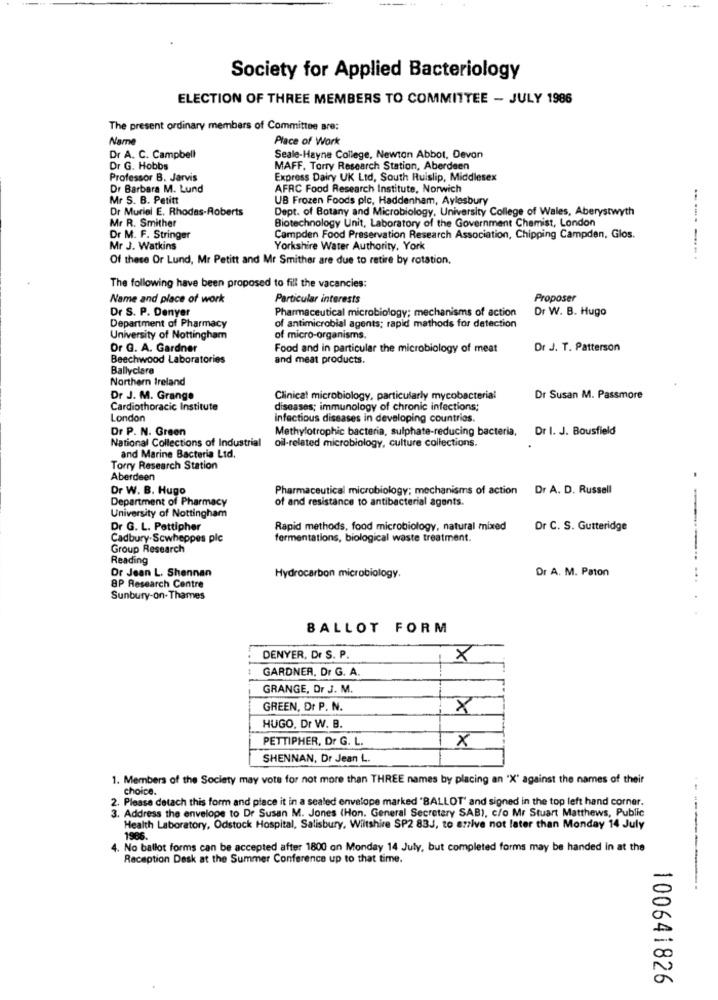
Society for Applied Bacteriology
ELECTION OF THREE MEMBERS TO COMMITTEE - JULY 1986
The present ordinary members of Committee Bre:
Name
Place of Work
Dr A. C. Campbell
Seale-Hayne College, Newton Abbot, Devon
Dr G. Hobbs
MAFF. Torry Research Station, Aberdeen
Professor B. Jarvis
Express Dairy UK Ltd, South Ruislip, Middlesex
Dr Barbara M. Lund
AFRC Food Research Institute, Norwich
Mr S. B. Petitt
UB Frozen Foods plc, Haddenham, Aylesbury
Dr Muriel E. Rhodes-Roberts
Dept. of Botany and Microbiology, University College of Wales, Aberystwyth
Mr R. Smither
Biotechnology Unit, Laboratory of the Government Chemist, London
Dr M. F. Stringer
Campden Food Preservation Research Association, Chipping Campden, Glos.
Mr J. Watkins
Yorkshire Water Authority, York
Of these Or Lund, Mr Petitt and Mr Smither are due to retire by rotation.
----- --.
The following have been proposed to fill the vacancies:
Name and place of work
Particular interests
Proposer
Dr S. P. Denyer
Pharmaceutical microbiology; mechanisms of action
Dr W. B. Hugo
Department of Pharmacy
of antimicrobial agents; rapid mathods for detection
University of Nottingham
of micro-organisms.
Or G. A. Gardner
Food and in particular the microbiology of meat
Dr J. T. Patterson
Beechwood Laboratories
and meat products.
Ballyclara
Northern Ireland
Dr J. M. Grange
Clinical microbiology, particularly mycobacterial
Dr Susan M. Passmore
Cardiothoracic Institute
diseases; immunology of chronic infections;
London
Infectious diseases in developing countries.
Dr P. N. Green
Methylotrophic bacteria, sulphate-reducing bacteria, Dr I. J. Bousfield
National Collections of Industrial
oil-related microbiology, culture collections.
and Marine Bacteria Ltd.
Torry Research Station
Aberdeen
.
Dr W. B. Hugo
Pharmaceutical microbiology; mechanisms of action
Dr A. D. Russell
Department of Pharmacy
of and resistance to antibacterial agents.
University of Nottingham
Dr G. L. Pettipher
Rapid methods, food microbiology, natural mixed
Dr C. S. Gutteridge
Cadbury-Scwheppes plc
fermentations, biological waste treatment.
Group Research
Reading
Dr Jean L. Shennan
Dr A. M. Paton
Hydrocarbon microbiology.
...
8P Research Centre
Sunbury-on-Thames
BALLOT FORM
DENYER, Dr S. P.
×
GARDNER, Dr G. A.
GRANGE, Dr J. M.
GREEN, Dr P. N.
×
HUGO, Dr W. B.
PETTIPHER. Dr G. L.
×
SHENNAN, Dr Jean L.
1. Members of the Society may vote for not more than THREE names by placing an "X' against the names of their
choice.
2. Please detach this form and place it in a sealed envelope marked "BALLOT' and signed in the top left hand corner.
3. Address the envelope to Dr Susan M. Jones (Hon. General Secretary SAB), c/o Mr Stuart Matthews, Public
Health Laboratory, Odstock Hospital, Salisbury, Wiltshire SP2 83J, to arrive not later than Monday 14 July
1986.
4. No ballot forms can be accepted after 1800 on Monday 14 July, but completed forms may be handed in at the
Reception Desk at the Summer Conference up to that time.
100641826